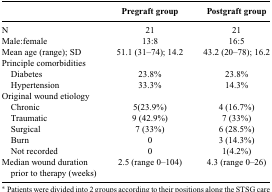
<table><thead><tr><td></td><td><b>Pregraft group</b></td><td><b>Postgraft group</b></td></tr></thead><tbody><tr><td>N</td><td>21</td><td>21</td></tr><tr><td>Male:female</td><td>13:8</td><td>16:5</td></tr><tr><td>Mean age (range); SD</td><td>51.1 (31–74); 14.2</td><td>43.2 (20–78); 16.2</td></tr><tr><td>Principle comorbidities</td><td></td><td></td></tr><tr><td> Diabetes</td><td>23.8%</td><td>23.8%</td></tr><tr><td> Hypertension</td><td>33.3%</td><td>14.3%</td></tr><tr><td>Original wound etiology</td><td></td><td></td></tr><tr><td> Chronic</td><td>5(23.9%)</td><td>4 (16.7%)</td></tr><tr><td> Traumatic</td><td>9 (42.9%)</td><td>7 (33%)</td></tr><tr><td> Surgical</td><td>7 (33%)</td><td>6 (28.5%)</td></tr><tr><td> Burn</td><td>0</td><td>3 (14.3%)</td></tr><tr><td> Not recorded</td><td>0</td><td>1(4.2%)</td></tr><tr><td>Median wound duration prior to therapy (weeks)</td><td>2.5 (range 0–104)</td><td>4.3 (range 0–26)</td></tr></tbody></table>